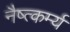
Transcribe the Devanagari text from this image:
नैष्त्कर्म्य